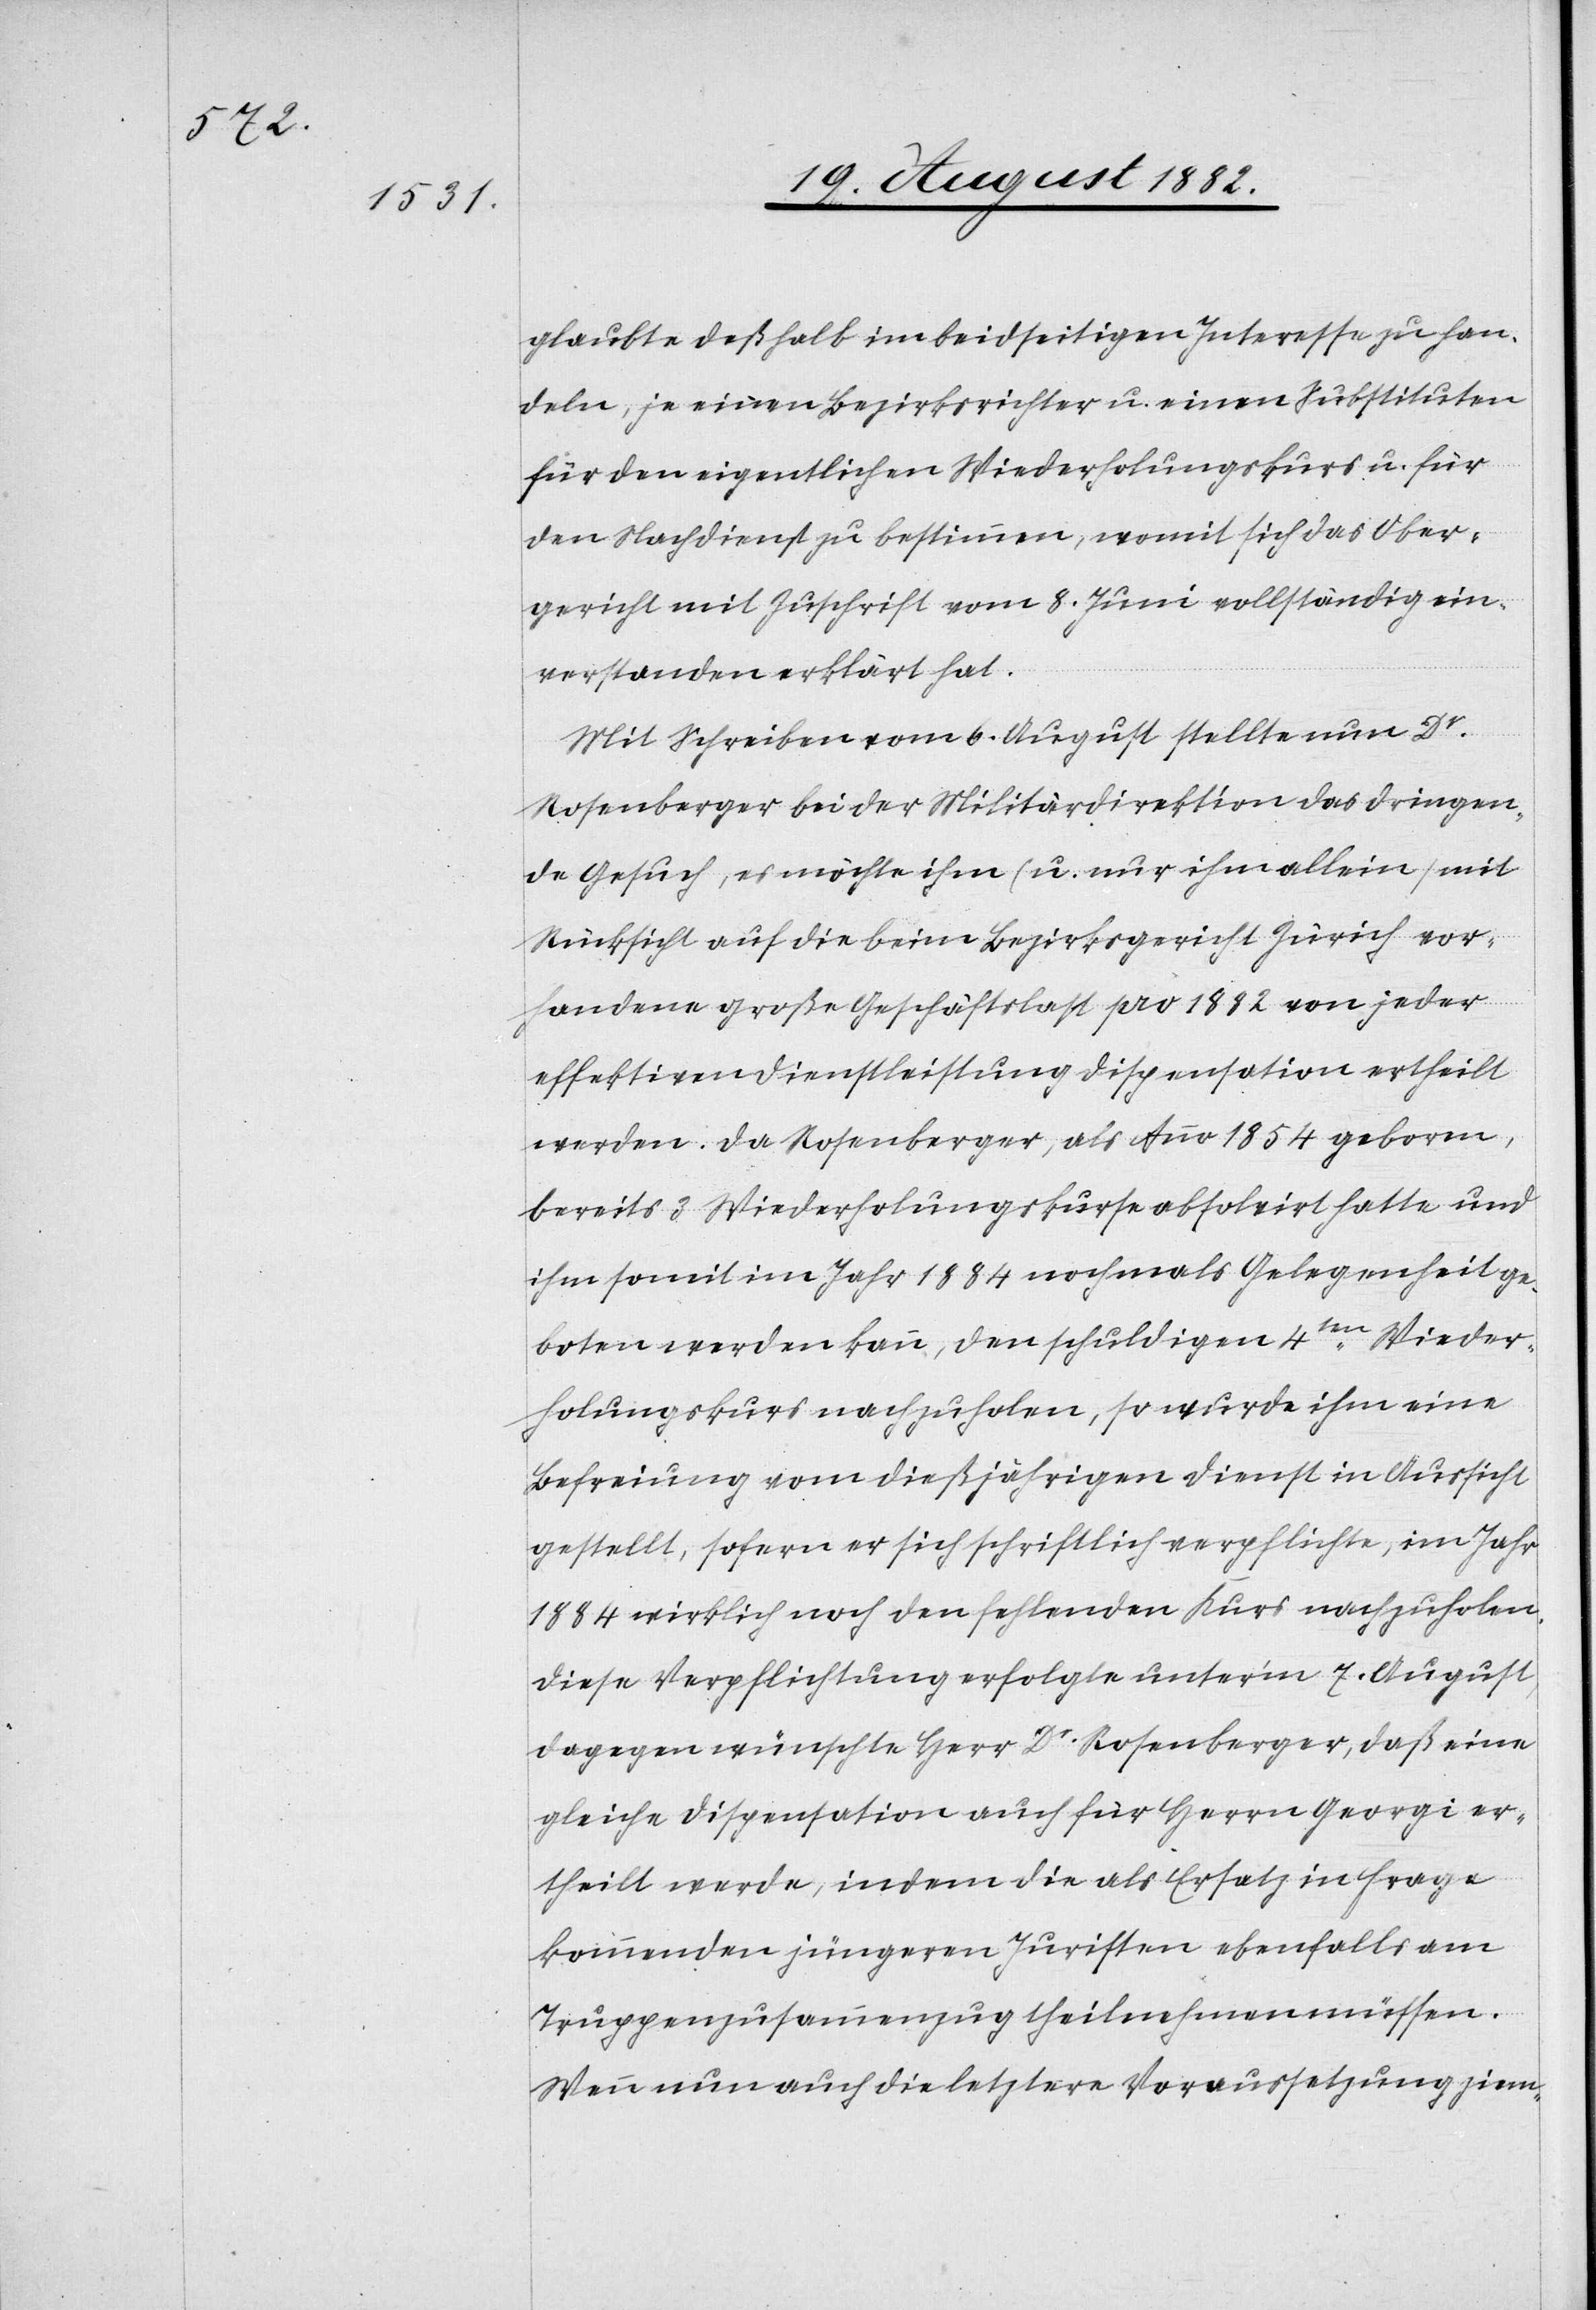
glaubte deßhalb im beidseitigen Interesse zu han¬
deln, je einen Bezirksrichter u. einen Substituten
für den eigentlichen Wiederholungskurs u. für
den Nachdienst zu bestimmen, womit sich das Ober¬
gericht mit Zuschrift vom 8. Juni vollständig ein¬
verstanden erklärt hat.
Mit Schreiben vom 6. August stellte nun Dr
Rosenberger bei der Militärdirektion das dringen¬
de Gesuch, es möchte ihm (u. nur ihm allein) mit
Rücksicht auf die beim Bezirksgericht Zürich vor¬
handene große Geschäftslast pro 1882 von jeder
effektiven Dienstleistung Dispensation ertheilt
werden. Da Rosenberger, als Anno 1854 geboren,
bereits 3 Wiederholungskurse absolvirt hatte und
ihm somit im Jahr 1884 nochmals Gelegenheit ge¬
boten werden kann, den schuldigen 4ten Wider¬
holungskurs nachzuholen, so wurde ihm eine
Befreiung vom dießjährigen Dienst in Aussicht
gestellt, sofern er sich schriftlich verpflichte, im Jahr
1884 wirklich noch den fehlenden Kurs nachzuholen.
Diese Verpflichtung erfolgte unter’m 7. August,
dagegen wünschte Herr Dr Rosenberger, daß eine
gleiche Dispensation auch für Herrn Georgi er¬
theilt werde, indem die als Ersatz in Frage
kommenden jüngeren Juristen ebenfalls am
Truppenzusammenzug theilnehmen müssen.
Wenn nun auch die letztere Voraussetzung ziem-